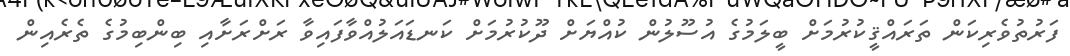
ފަރުތުވެރިކަން ތަރައްްޤީކުރުމަށް ބީލަމުގެ އުސޫލުން ކުއްޔަށް ދޫކުރުމަށް ކަނޑައަލުއްވާފައިވާ ރަށްރަށާއި ބިންބިމުގެ ތެރެއިން